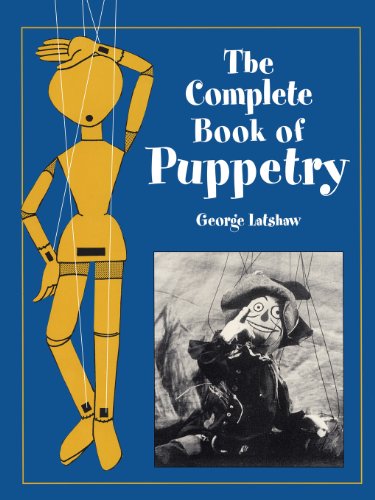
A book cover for The Complete Book of Puppetry (Dover Craft Books); George Latshaw; Crafts, Hobbies & Home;